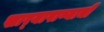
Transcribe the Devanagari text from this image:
खार्‍यापाण्याची